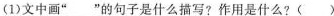
(1)文中画”___”的句子是什么描写?作用是什么?( )